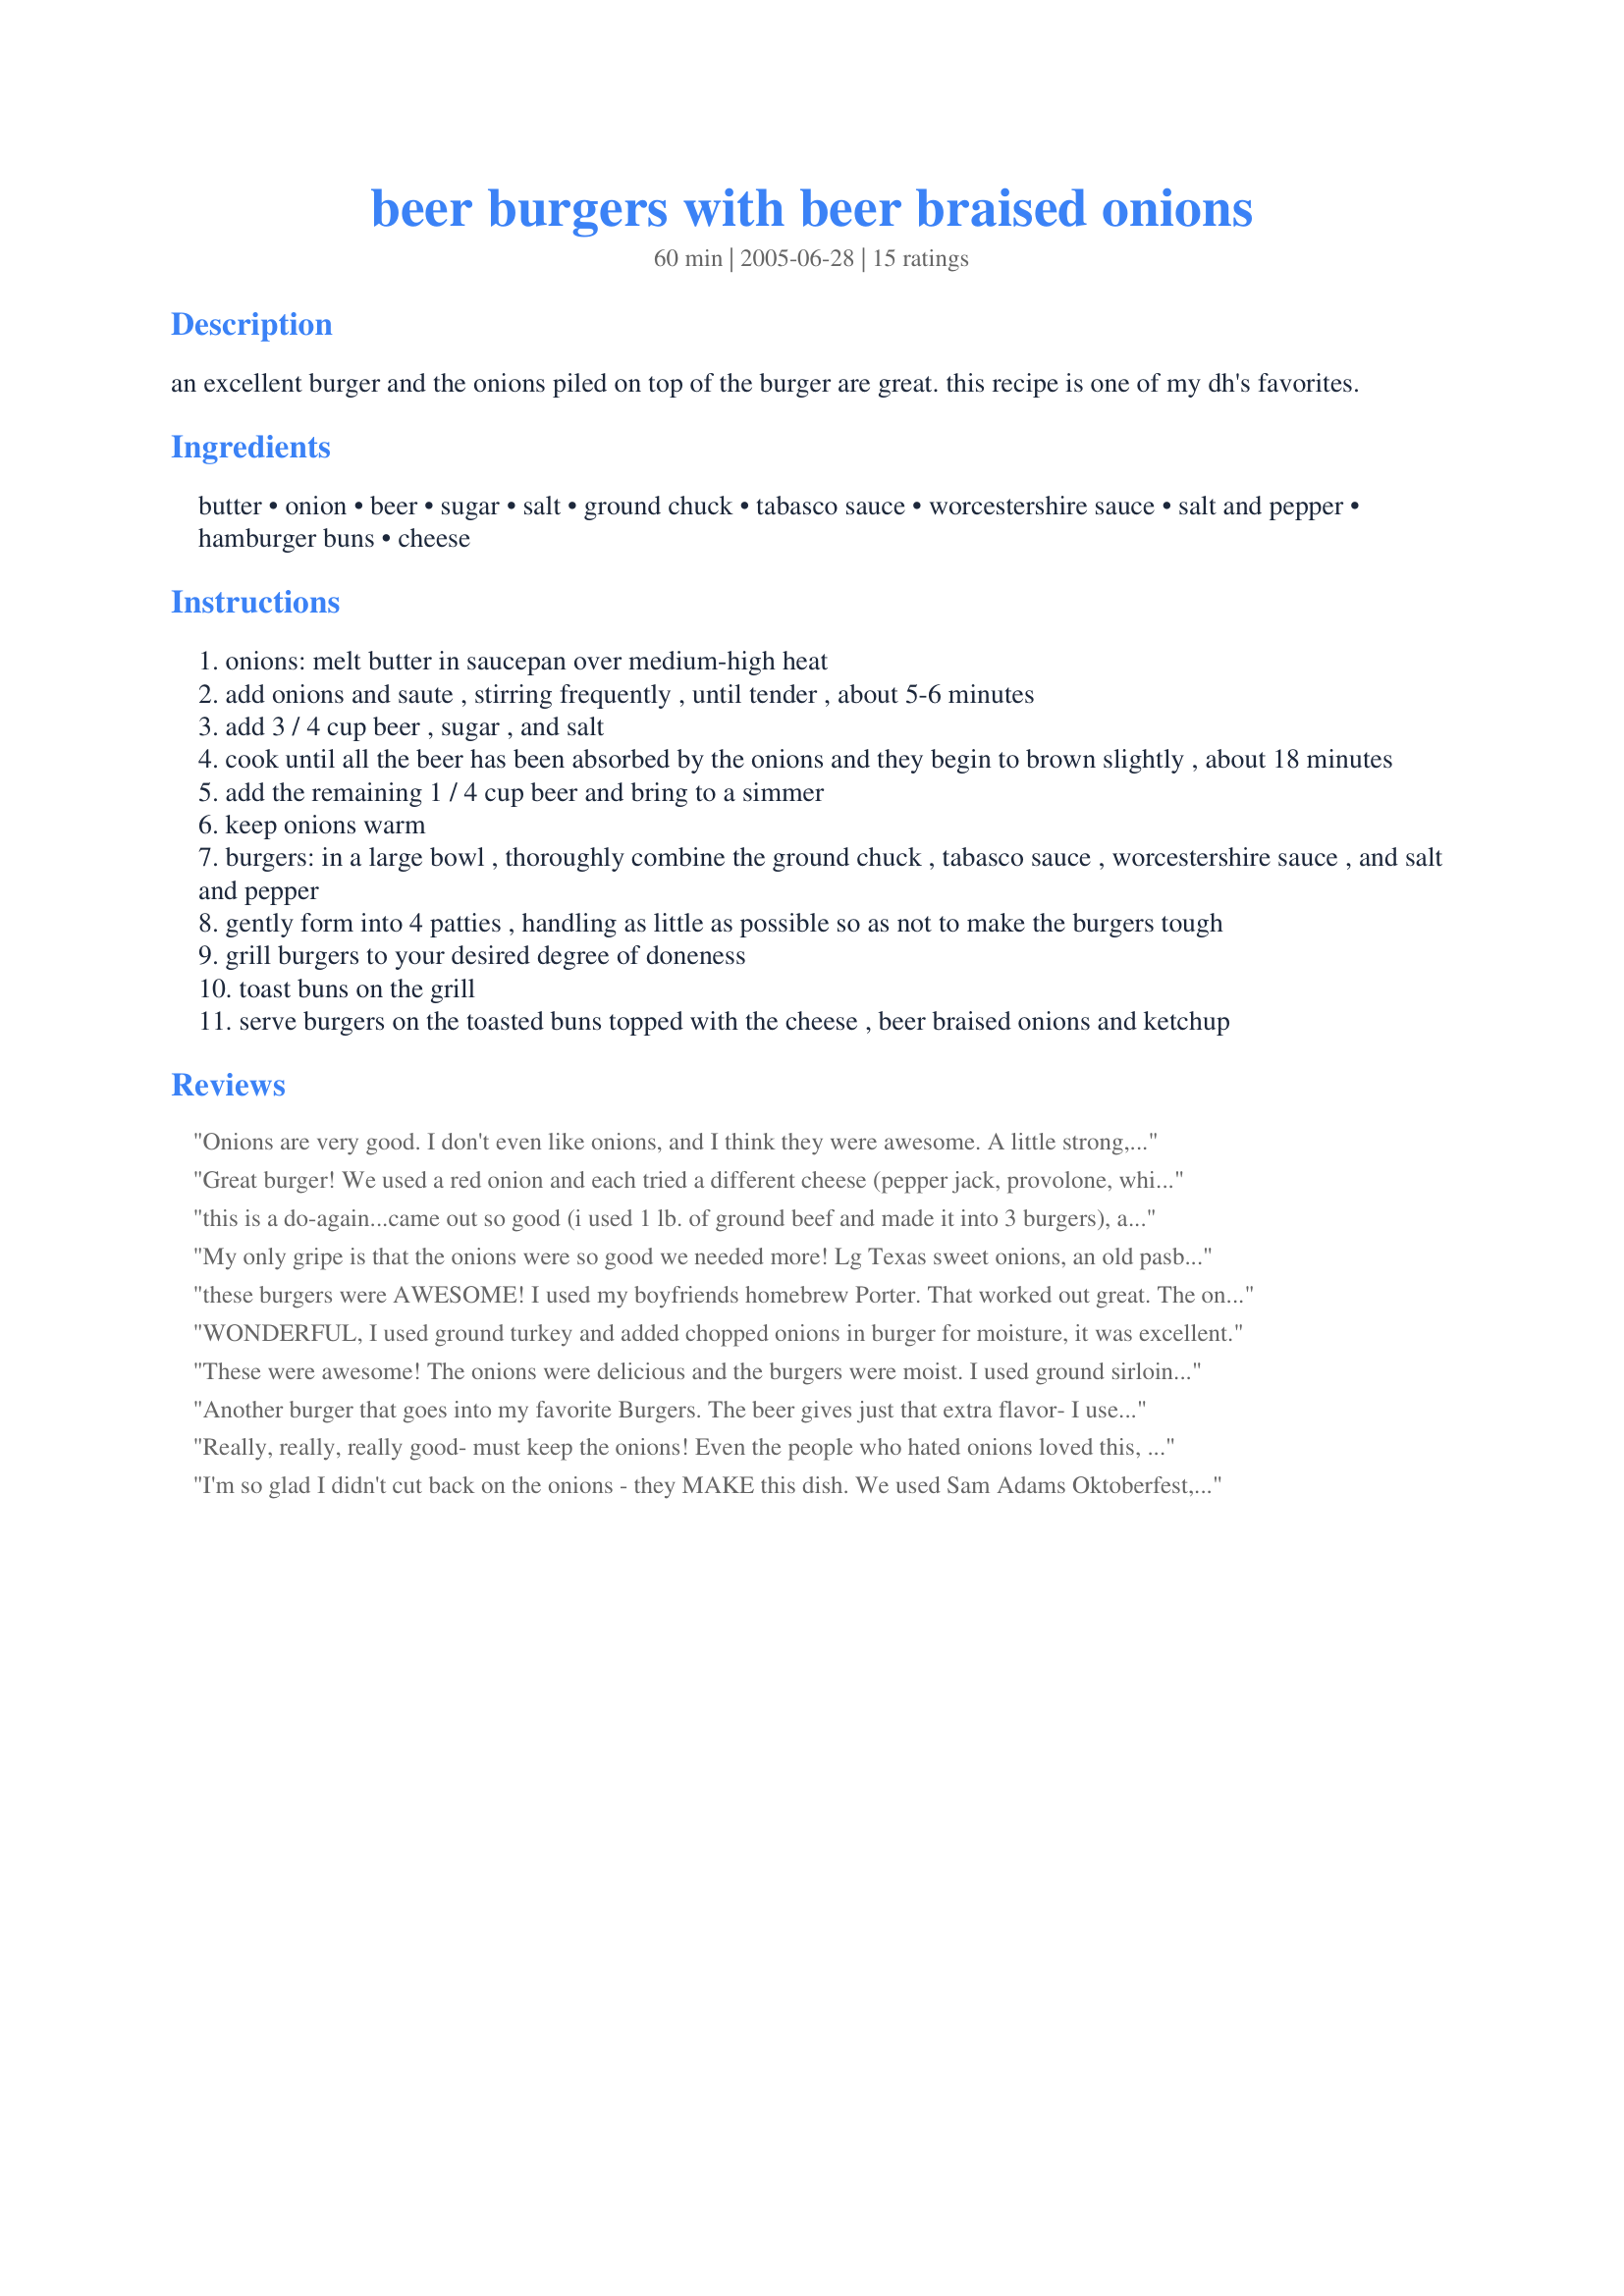
beer burgers with beer braised onions
Preparation time: 60 minutes

an excellent burger and the onions piled on top of the burger are great. this recipe is one of my dh's favorites.

Ingredients:
butter, onion, beer, sugar, salt, ground chuck, tabasco sauce, worcestershire sauce, salt and pepper, hamburger buns, cheese

Steps:
onions: melt butter in saucepan over medium-high heat
add onions and saute , stirring frequently , until tender , about 5-6 minutes
add 3 / 4 cup beer , sugar , and salt
cook until all the beer has been absorbed by the onions and they begin to brown slightly , about 18 minutes
add the remaining 1 / 4 cup beer and bring to a simmer
keep onions warm
burgers: in a large bowl , thoroughly combine the ground chuck , tabasco sauce , worcestershire sauce , and salt and pepper
gently form into 4 patties , handling as little as possible so as not to make the burgers tough
grill burgers to your desired degree of doneness
toast buns on the grill
serve burgers on the toasted buns topped with the cheese , beer braised onions and ketchup

Reviews:
Onions are very good. I don't even like onions, and I think they were awesome. A little strong, but just put less on...solves the problem.

The burger is a little plain without the onions...and if you make them thick like I did you taste how bland the burger is. I'm not sure what it's missing, but I'll try a few extra ingredients next time.

Great recipe. I used Blue Light (had it lying around), and Velveeta slices.
Great burger! We used a red onion and each tried a different cheese (pepper jack, provolone, white American) and were all quite happy.
this is a do-again...came out so good (i used 1 lb. of ground beef and made it into 3 burgers), and used olive oil instead of butter. thanks for posting
My only gripe is that the onions were so good we needed more! Lg Texas sweet onions, an old pasbt blue ribbon, and provolone cheese. I wasn't expecting much because the beer was old (left over from when my BIL was visiting- not even a kind we drink!) The ground beef was a little freezer burnt, and the hot sauce was a little outdated. Even with al of those things factored in DH easily gave this 5 stars. I couldn't stop picking at the simmering onions while we waited for the burgers. This recipe is going in my cookbook for sure!
these burgers were AWESOME! I used my boyfriends homebrew Porter. That worked out great. The onions turned out so good. I think I'll start cooking my onions like this all the time. I also cooked the burger in a pan instead of the grill. Brown on both sides and covered the pan like someone suggested below. Then used swiss cheese. sooo yummy and moist. Thanks!
WONDERFUL, I used ground turkey and added chopped onions in burger for moisture, it was excellent.
These were awesome! The onions were delicious and the burgers were moist. I used ground sirloin instead of chuck and added a little more beer than required. I used a light beer which worked well. Will make again!
Another burger that goes into my favorite Burgers.
 The beer gives just that extra flavor- I used an Okanagan brown ale. I watched how much I put into the burger so it did not become too soft - I fried the onions with the beer, sugar & salt until the beer had almost evaporated then added the burger to the pan browned both sides and covered the pan, turned heat to medium to finish cooking the burger served with a sweet dark german mustard, sliced tomato and mushrooms on the side - Oh, of course oven fries too Thanks lvs2cook for another Saturday night favorite
Really, really, really good- must keep the onions! Even the people who hated onions loved this, as the flavor of them completely change the taste of the burger! Definately try this one!
I'm so glad I didn't cut back on the onions - they MAKE this dish. We used Sam Adams Oktoberfest, extra sharp cheddar, mustard instead of ketchup, and added a little chopped garlic to the burgers. We'll definitely be making this again!
This was a good recipe to try. The only thing I would say was that one large onion was not enough. Per the pictures I looked at it seemed like it would make a lot. After simmering the onion it left only enough for about 2 burgers. I would definitely suggest using more onions. Other than that the recipe was good. Thanks for submitting.

Raylene:)
Made a great burger, but the onions were aweseome. I used ground sirloin and topped with chili sauce instead ketchup - best burger I've had in a while. Thanks!
Awesome!!
everyone loved this, thanks!
a five star meal for sure! I agree, the onions are awesome! Its a keeper, for sure. We used 1lb of burger, and made 4 smaller ones. Delicious!
